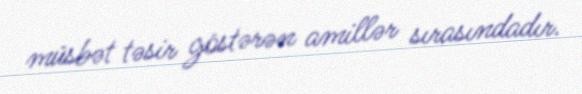
müsbət təsir göstərən amillər sırasındadır.